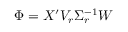
{ \Phi } = X ^ { \prime } V _ { r } \Sigma _ { r } ^ { - 1 } W